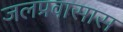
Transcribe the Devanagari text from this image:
जलप्रवासास